Leaving Certificate Examination, 1909
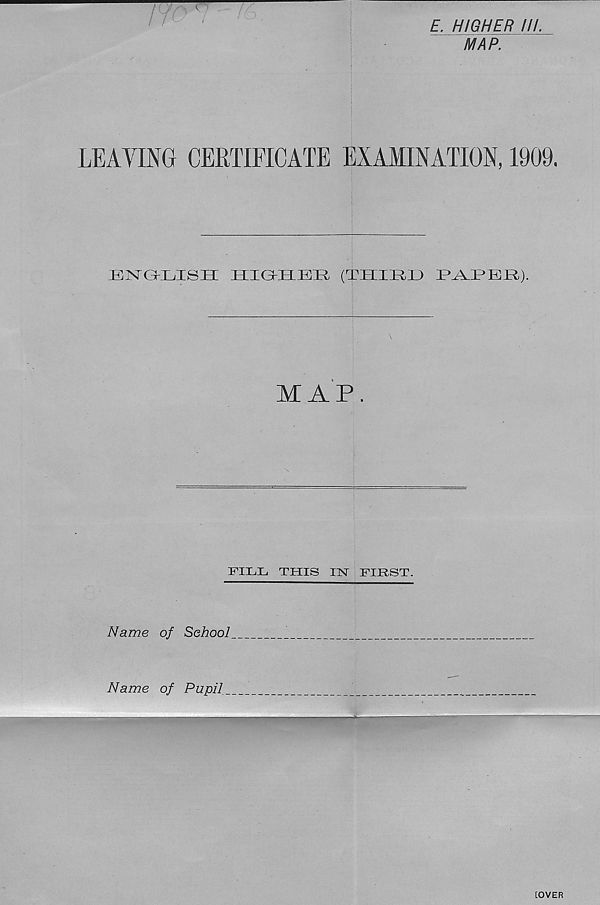
£. HIGHER //A
MAP.
r
LEAVING CERTIFICATE EXAMINATION, 1909.
engklish: higksek. I'l’iiiiii )
MAP.
FILL THIS m FIRST.
Name of School
Name of Pupil.
[OVER